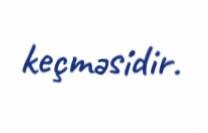
keçməsidir.